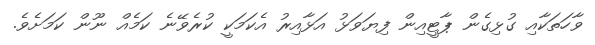
ވާހަތަކާއި ގުޅިގެން ޕާޓީއިން ފިޔަވަޅު އަޅާއިރު އެކަމަކީ ކުރެވޭނެ ކަމެއް ނޫން ކަމަށެވެ.